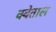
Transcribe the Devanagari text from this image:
क्वेताल